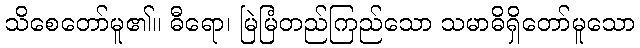
သိစေတော်မူ၏။ ဓီရော၊ မြဲမြံတည်ကြည်သော သမာဓိရှိတော်မူသော